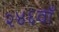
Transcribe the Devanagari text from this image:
२४६वाँ